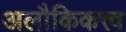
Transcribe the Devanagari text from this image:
अलौकिकत्त्व